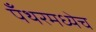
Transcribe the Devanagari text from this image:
पँथरमध्येच